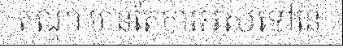
តណ្ហា មានតែការអស់ទៅនៃ